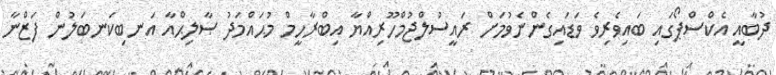
ދުބާއީ އެކްސްޕޯގައި ބައިވެރިވެ ވަޑައިގެންނެވުމަށް ރައީސުލްޖުމްހޫރިއްޔާ އިބްރާހީމް މުޙައްމަދު ޞާލިޙްއާ އަނބިކަނބަލުން ފަޒްނާ